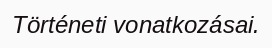
Történeti vonatkozásai.